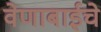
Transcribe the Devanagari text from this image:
वेणाबाईचे